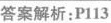
答案解析:P113